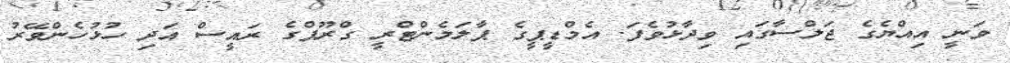
ވަނީ އިއްޔެގެ ޖަލްސާގައި ވިދާޅުވެފަ. އެމްޑީޕީގެ ޕާލަމެންޓްރީ ގްރޫޕްގެ ރައީސް އަދި ހުޅުހެންވޭރު